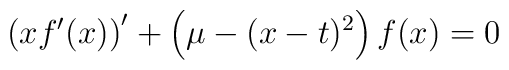
\left(x f^\prime(x)\right)^\prime +\left(\mu-(x-t)^2\right)f(x)=0